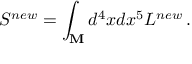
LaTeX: S ^ { n e w } = \int _ { \bf M } d ^ { 4 } x d x ^ { 5 } { \cal L } ^ { n e w } \, .